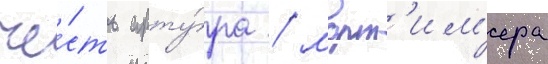
че́сть арту́ра / морт'им'ера